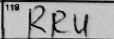
Transcription: RRU